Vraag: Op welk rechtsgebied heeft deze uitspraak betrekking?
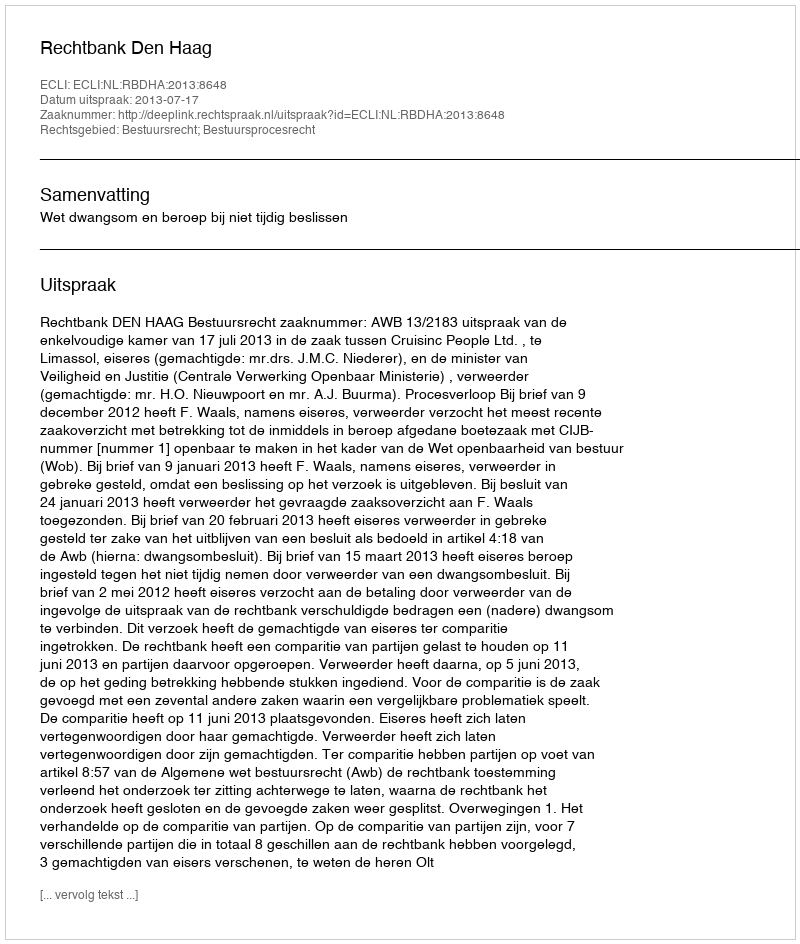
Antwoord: Bestuursrecht; Bestuursprocesrecht